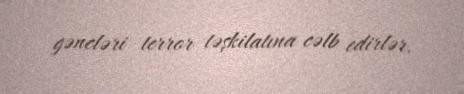
gəncləri terror təşkilatına cəlb edirlər.